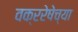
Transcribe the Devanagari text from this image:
वक्ररेषेच्या